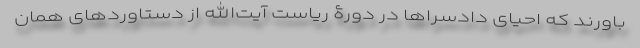
باورند که احیای دادسراها در دورۀ ریاست آیت‌الله از دستاوردهای همان